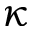
\kappa